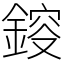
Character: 𨨿